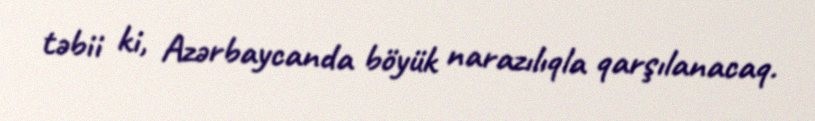
təbii ki, Azərbaycanda böyük narazılıqla qarşılanacaq.